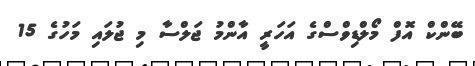
ބޭންކް އޮފް މޯލްޑިވްސްގެ އަހަރީ އާންމު ޖަލްސާ މި ޖުލައި މަހުގެ 15